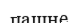
пашне